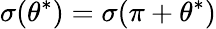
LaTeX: \sigma(\theta^{\ast})=\sigma(\pi+\theta^{\ast})